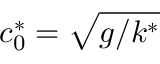
c _ { 0 } ^ { * } = \sqrt { g / k ^ { * } }